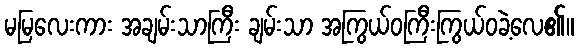
မမြလေးကား အချမ်းသာကြီး ချမ်းသာ အကြွယ်ဝကြီးကြွယ်ဝခဲ့လေ၏။